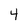
Character: 4